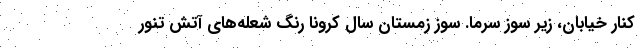
كنار خيابان، زير سوز سرما. سوز زمستان سال كرونا رنگ شعله‌هاي آتش تنور